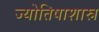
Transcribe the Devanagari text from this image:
ज्योतिषाशास्र